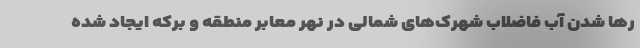
رها شدن آب فاضلاب شهرک‌های شمالی در نهر معابر منطقه و برکه ایجاد شده